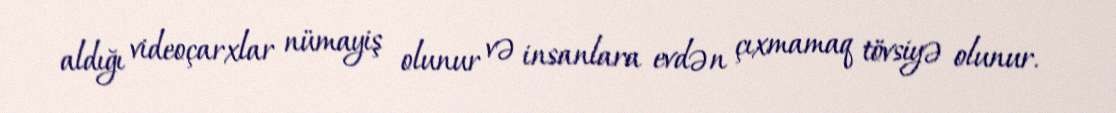
aldığı videoçarxlar nümayiş olunur və insanlara evdən çıxmamaq tövsiyə olunur.